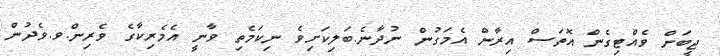
ޖީބަށް ވެއްޓިގެން އޮތަސް އިރާން އެމަގުން ނުދާނެ.ބަލިކަށިވެ ނިކަމެތި ވާނީ އެމެރިކާގެ ވެރިން.ވ.ވެދުން